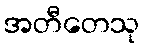
အတီတေသု